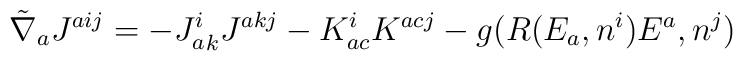
{\tilde{\nabla}}_{a}J^{aij} = -{J_{a}^{i}}_{k}{J^{akj}} - K_{ac}^{i}K^{acj} - g(R(E_{a},n^{i})E^{a},n^{j})